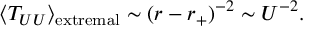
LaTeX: \langle T _ { U U } \rangle _ { \mathrm { e x t r e m a l } } \sim ( r - r _ { + } ) ^ { - 2 } \sim U ^ { - 2 } .